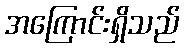
အကြောင်းရှိသည်